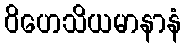
ဝိဟေသိယမာနာနံ